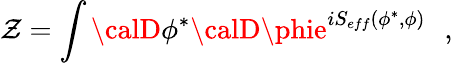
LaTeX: \mathcal{Z}=\int{\calD}\phi^{*}{\calD}\phie^{iS_{eff}(\phi^{*},\phi)}\, \, \, \, ,